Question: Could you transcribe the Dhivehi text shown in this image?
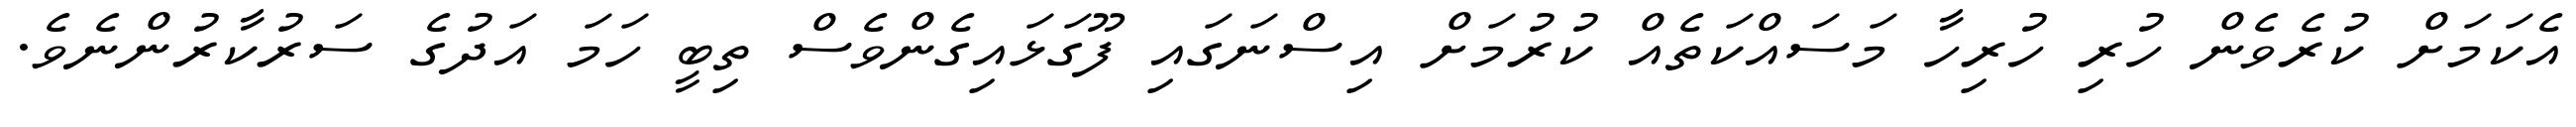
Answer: އެކަމަށް ކުރެވެން ހުރި ހުރިހާ މަސައްކަތެއް ކުރުމަށް އިސްނަގައި ފޫގަޅައިގެންވެސް ތިބީ ހަމަ އަދުގެ ސަރުކާރުންނެވެ.